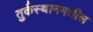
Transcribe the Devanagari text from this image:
तुर्कस्थानमधील